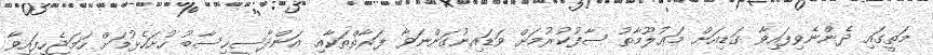
މަތީގައި ދެންނެވިފައިވާ ގަޑިއަށް މަޢުލޫމާތު ސާފުކުރުމަށް ވަޑައިނުގަންނަވާ ފަރާތްތަކާއި އަންދާސީހިސާބު ހުށަހެޅުމަށް ހަމަޖެހިފައިވާ